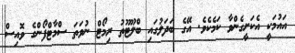
އައުމަކީ އެކަށީގެންވާ ކަމެކެވެ. އޭގެ ބަދަލުގައި ބްލޫޓޫތު ރިމޯޓް ނުވަތަ ސްމާޓްފޯންގެ ވޮއިސް